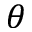
\theta